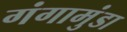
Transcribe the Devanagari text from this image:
गंगामुंडा